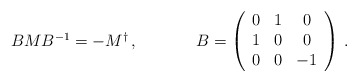
\begin{align*}\begin{array}{cc}BMB^{-1}=-M^{\dagger}\,,~~~~&~~~~B=\left(\begin{array}{ccc} 0&1&0\\ 1&0&0\\ 0&0&-1 \end{array}\right)\,.\end{array}\end{align*}